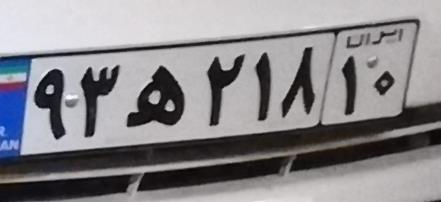
۹۳ه۲۱۸۱۰